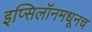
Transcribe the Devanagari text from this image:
इप्सिलॉनमधूनच